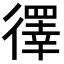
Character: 𪫙